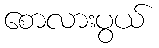
စောလားပွယ်